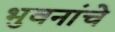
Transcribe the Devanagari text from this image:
भुवनांचे